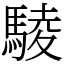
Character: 䮚